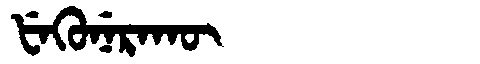
Manchu: ᡶᡝᡴᡠᠨᡝᡵᠠᡴᡡ
Romanization: FEKUNERAKŪ